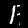
Label: 1